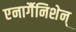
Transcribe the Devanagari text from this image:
एनार्गैनिशेन्